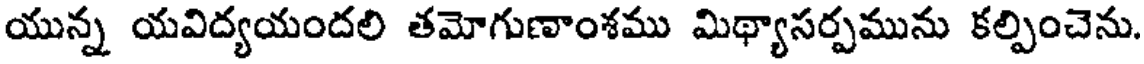
యున్న యవిద్యయందలి తమోగుణాంశము మిథ్యాసర్పమును కల్పించెను.